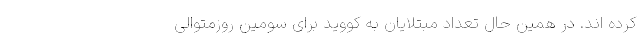
کرده اند. در همین حال تعداد مبتلایان به کووید برای سومین روزمتوالی